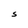
Character: S